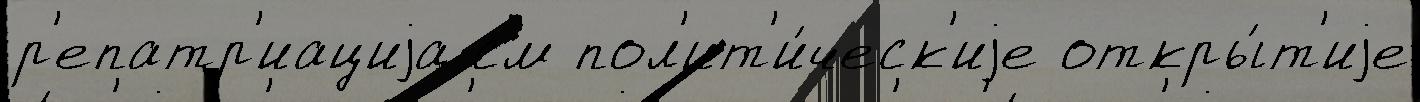
р'епатр'иациjа см пол'ит'и́ческ'иjе откры́т'иjе